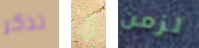
تذكر في لزمن